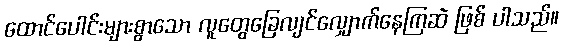
ထောင်ပေါင်းများစွာသော လူတွေခြေလျင်လျှောက်နေကြဆဲ ဖြစ် ပါသည်။